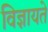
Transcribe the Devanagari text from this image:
विज्ञायते